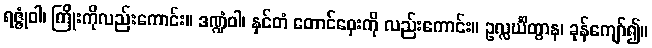
ရဇ္ဇုံဝါ၊ ကြိုးကိုလည်းကောင်း။ ဒဏ္ဍံဝါ၊ နှင်တံ တောင်ဝှေးကို လည်းကောင်း။ ဥလ္လင်္ဃိတွာန၊ ခုန်ကျော်၍။